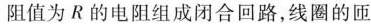
阻值为R的电阻组成闭合回路，线圈的匝